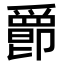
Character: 𤔴